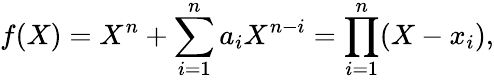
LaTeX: f(X)=X^{n}+\sum_{i=1}^{n}a_{i}X^{n-i}=\prod_{i=1}^{n}(X-x_{i}),